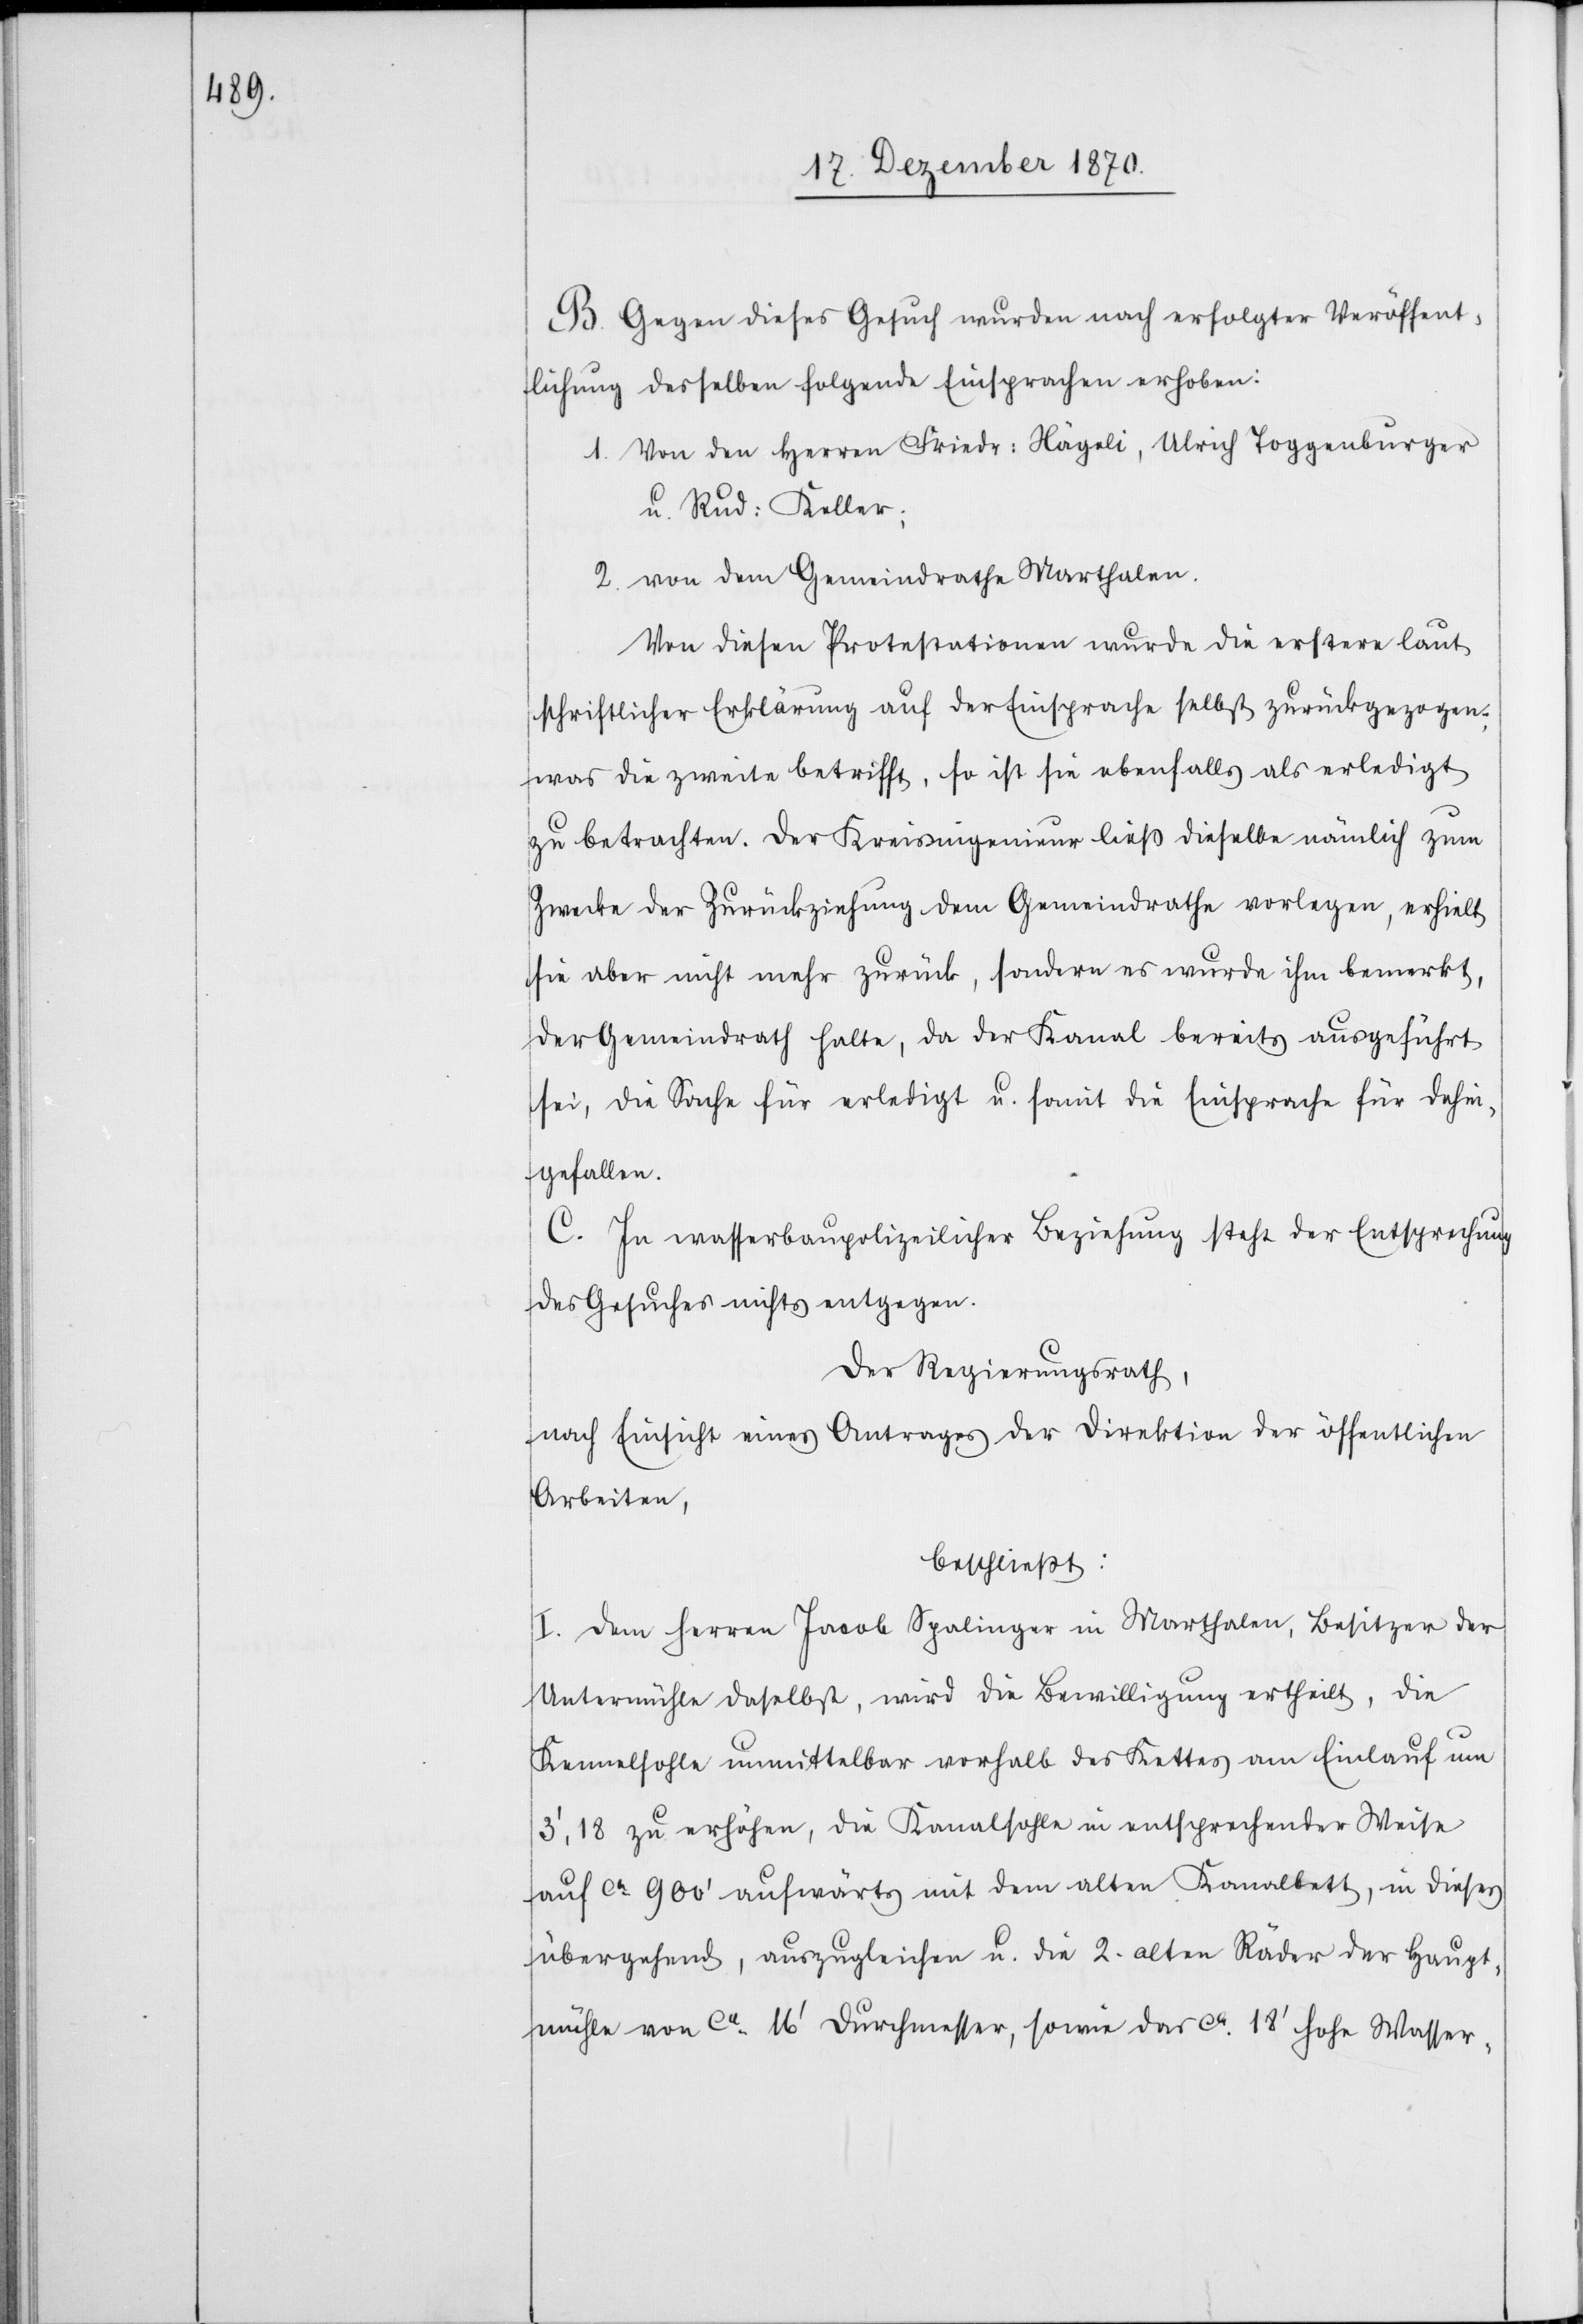
mühle

B. Gegen dieses Gesuch wurden nach erfolgter Veröffent¬
lichung derselben folgende Einsprachen erhoben:
1. Von den Herren Friedr: Nägeli, Ulrich Toggenburger
u. Rud: Keller;
2. von dem Gemeindrathe Marthalen.
Von diesen Protestationen wurde die erstere laut
schriftlicher Erklärung auf der Einsprache selbst zurückgezogen;
was die zweite betrifft, so ist sie ebenfalls als erledigt
zu betrachten. Der Kreisingenieur ließ dieselbe nämlich zum
Zwecke der Zurückziehung dem Gemeindrathe vorlegen, erhielt
sie aber nicht mehr zurück, sondern es wurde ihm bemerkt,
der Gemeindrath halte, da der Kanal bereits ausgeführt
sei, die Sache für erledigt u. somit die Einsprache für dahin
gefallen.
C. In wasserbaupolizeilicher Beziehung steht der Entsprechung
des Gesuches nichts entgegen.
Der Regierungsrath,
nach Einsicht eines Antrages der Direktion der öffentlichen
Arbeiten,
beschließt:
I. Dem Herren Jacob Spalinger in Marthalen, Besitzer der
Untermühle daselbst, wird die Bewilligung ertheilt, die
Kennelsohle unmittelbar vorhalb des Kettes am Einlauf um
3’,18 zu erhöhen, die Kanalsohle im entsprechender Weise
auf ca. 900’ aufwärts mit dem alten Kanalbett, in dieses
übergehend, auszugleichen u. die 2. alten Räder der Haupt¬
mühle von ca. 16’ Durchmesser, sowie das ca. 18’ hohe Wasser-